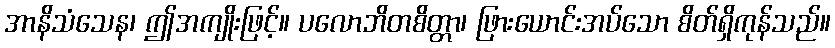
အာနိသံသေန၊ ဤအကျိုးဖြင့်။ ပလောဘိတစိတ္တာ၊ ဖြားယောင်းအပ်သော စိတ်ရှိကုန်သည်။